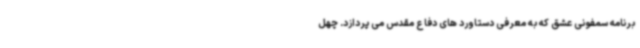
برنامه سمفونی عشق که به معرفی دستاورد های دفاع مقدس می پردازد. چهل